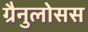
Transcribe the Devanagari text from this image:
ग्रैनुलोसस